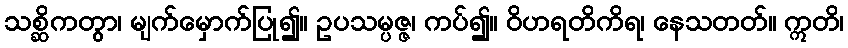
သစ္ဆိကတွာ၊ မျက်မှောက်ပြု၍။ ဥပသမ္ပဇ္ဇ၊ ကပ်၍။ ဝိဟရတိကိရ၊ နေသတတ်။ ဣတိ၊